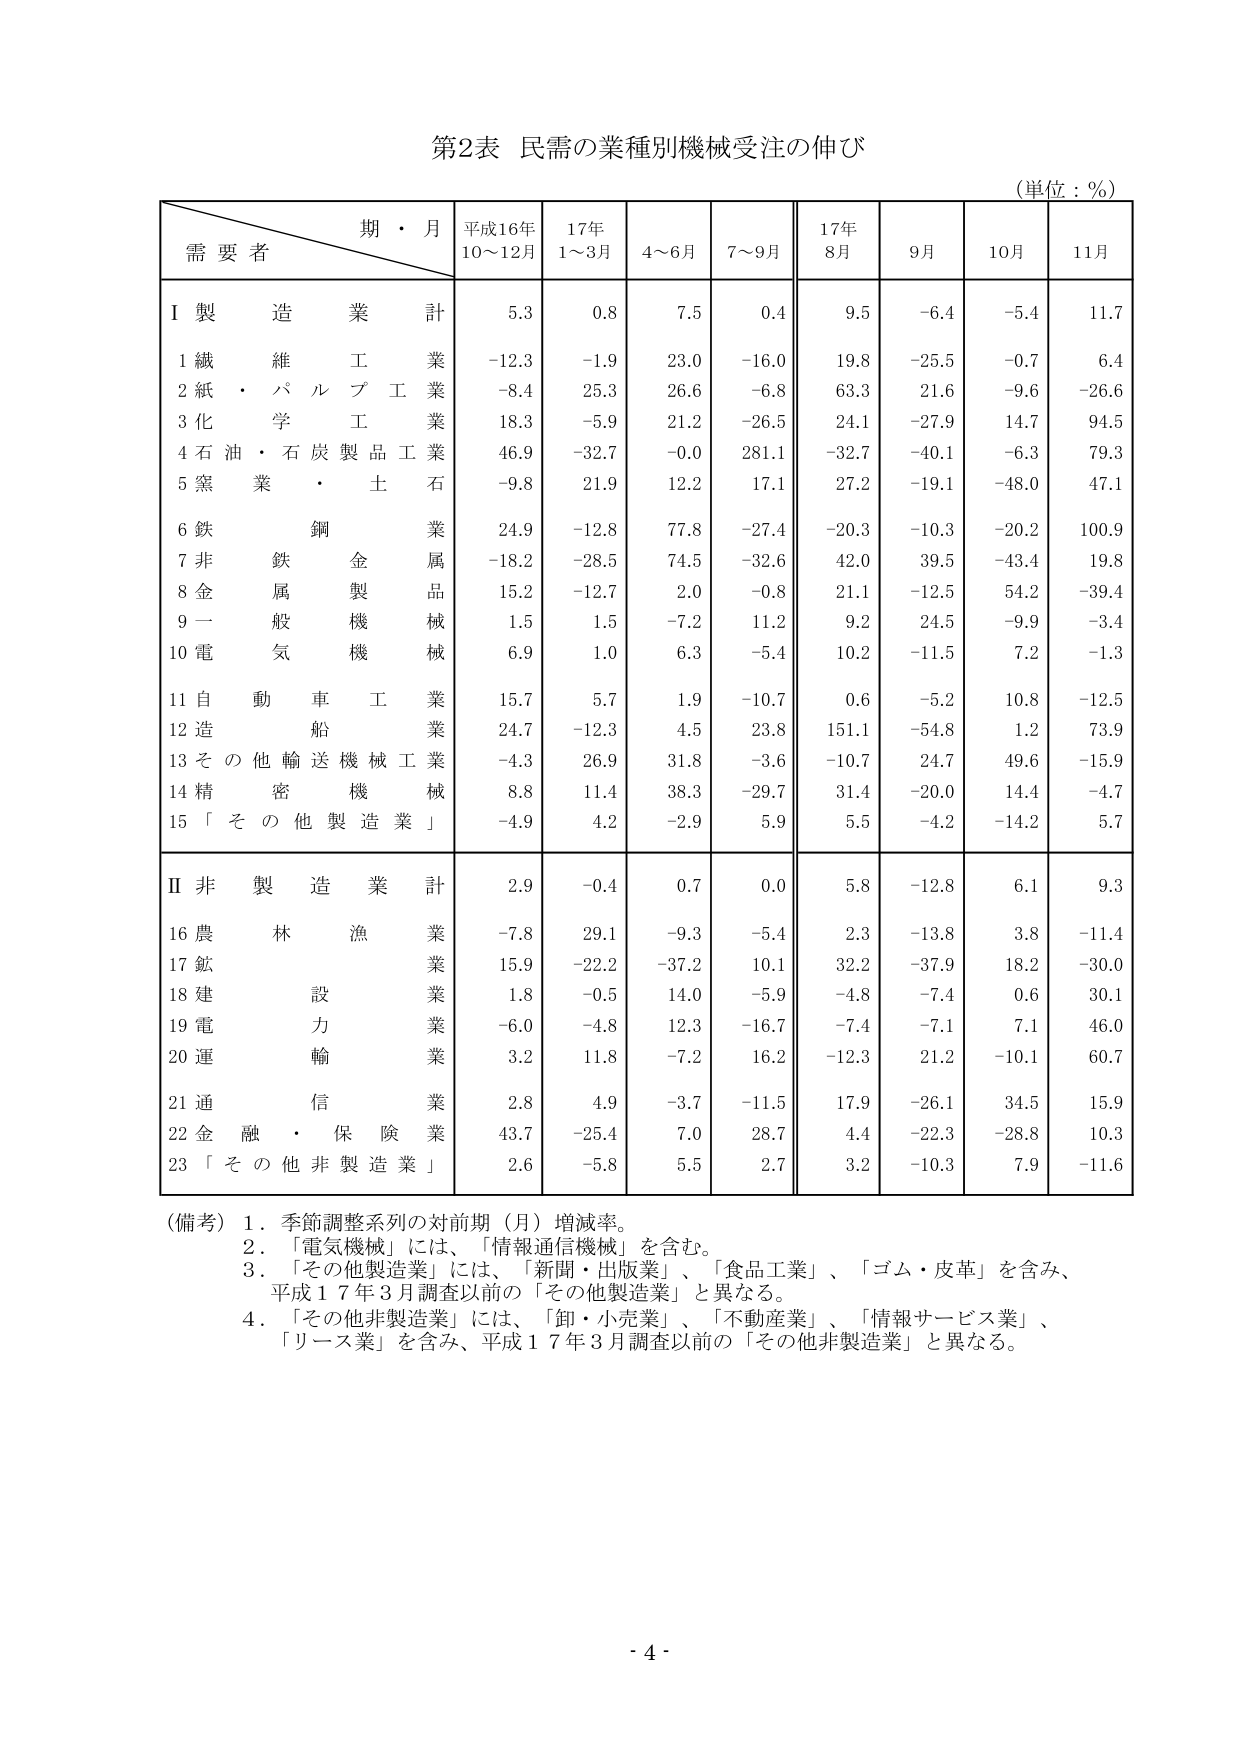
第2表 民需の業種別機械受注の伸び
（単位：％）

期・月
需要者
平成16年 10～12月
17年 1～3月
4～6月
7～9月
17年 8月
9月
10月
11月

Ⅰ 製造業 計
5.3
0.8
7.5
0.4
9.5
-6.4
-5.4
11.7

1 繊維工業
-12.3
-1.9
23.0
-16.0
19.8
-25.5
-0.7
6.4

2 紙・パルプ工業
-8.4
25.3
26.6
-6.8
63.3
21.6
-9.6
-26.6

3 化学工業
18.3
-5.9
21.2
-26.5
24.1
-27.9
14.7
94.5

4 石油・石炭製品工業
46.9
-32.7
-0.0
281.1
-32.7
-40.1
-6.3
79.3

5 窯業・土石
-9.8
21.9
12.2
17.1
27.2
-19.1
-48.0
47.1

6 鉄鋼業
24.9
-12.8
77.8
-27.4
-20.3
-10.3
-20.2
100.9

7 非鉄金属業
-18.2
-28.5
74.5
-32.6
42.0
39.5
-43.4
19.8

8 金属製品業
15.2
-12.7
2.0
-0.8
21.1
-12.5
54.2
-39.4

9 一般機械
1.5
1.5
-7.2
11.2
9.2
24.5
-9.9
-3.4

10 電気機械
6.9
1.0
6.3
-5.4
10.2
-11.5
7.2
-1.3

11 自動車工業
15.7
5.7
1.9
-10.7
0.6
-5.2
10.8
-12.5

12 造船業
24.7
-12.3
4.5
23.8
151.1
-54.8
1.2
73.9

13 その他輸送機械工業
-4.3
26.9
31.8
-3.6
-10.7
24.7
49.6
-15.9

14 精密機械
8.8
11.4
38.3
-29.7
31.4
-20.0
14.4
-4.7

15 「その他製造業」
-4.9
4.2
-2.9
5.9
5.5
-4.2
-14.2
5.7

Ⅱ 非製造業 計
2.9
-0.4
0.7
0.0
5.8
-12.8
6.1
9.3

16 農林漁業
-7.8
29.1
-9.3
-5.4
2.3
-13.8
3.8
-11.4

17 鉱業
15.9
-22.2
-37.2
10.1
32.2
-37.9
18.2
-30.0

18 建設業
1.8
-0.5
14.0
-5.9
-4.8
-7.4
0.6
30.1

19 電力業
-6.0
-4.8
12.3
-16.7
-7.4
-7.1
7.1
46.0

20 運輸業
3.2
11.8
-7.2
16.2
-12.3
21.2
-10.1
60.7

21 通信業
2.8
4.9
-3.7
-11.5
17.9
-26.1
34.5
15.9

22 金融・保険業
43.7
-25.4
7.0
28.7
4.4
-22.3
-28.8
10.3

23 「その他非製造業」
2.6
-5.8
5.5
2.7
3.2
-10.3
7.9
-11.6

（備考）
1．季節調整系列の対前期（月）増減率。
2．「電気機械」には、「情報通信機械」を含む。
3．「その他製造業」には、「新聞・出版業」、「食品工業」、「ゴム・皮革」を含み、
　平成17年3月調査以前の「その他製造業」と異なる。
4．「その他非製造業」には、「卸・小売業」、「不動産業」、「情報サービス業」、
　「リース業」を含み、平成17年3月調査以前の「その他非製造業」と異なる。

- 4 -